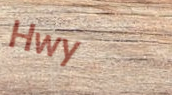
Hwy